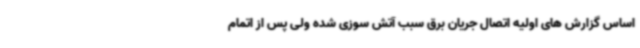
اساس گزارش های اولیه اتصال جریان برق سبب آتش سوزی شده ولی پس از اتمام